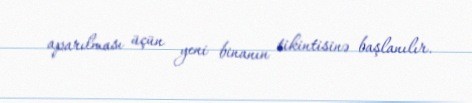
aparılması üçün yeni binanın tikintisinə başlanılır.